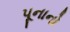
પૂનાનો